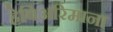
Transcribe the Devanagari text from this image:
हेबिअरिमाना